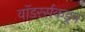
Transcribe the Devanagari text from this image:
वॉडरर्सकडून